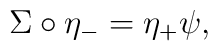
\Sigma \circ \eta_- = \eta_+ \psi,